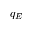
q _ { E }